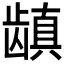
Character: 𱌺